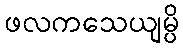
ဖလကသေယျမ္ပိ